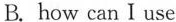
B. how can I use